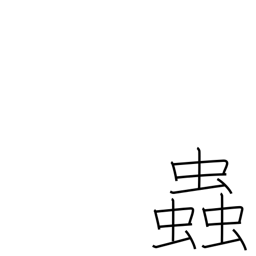
Meaning: temper